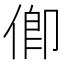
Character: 㑡